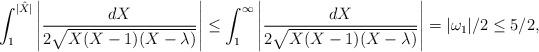
LaTeX: \begin{align*}\int_{1}^{|\hat{X}|}\left|\frac{dX}{2\sqrt{X(X-1)(X-\lambda)}}\right|\leq \int_{1}^{\infty}\left|\frac{dX}{2\sqrt{X(X-1)(X-\lambda)}}\right| =|\omega_1|/2\leq 5/2,\end{align*}